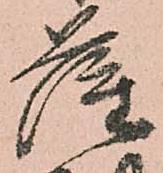
薩